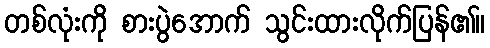
တစ်လုံးကို စားပွဲအောက် သွင်းထားလိုက်ပြန်၏။